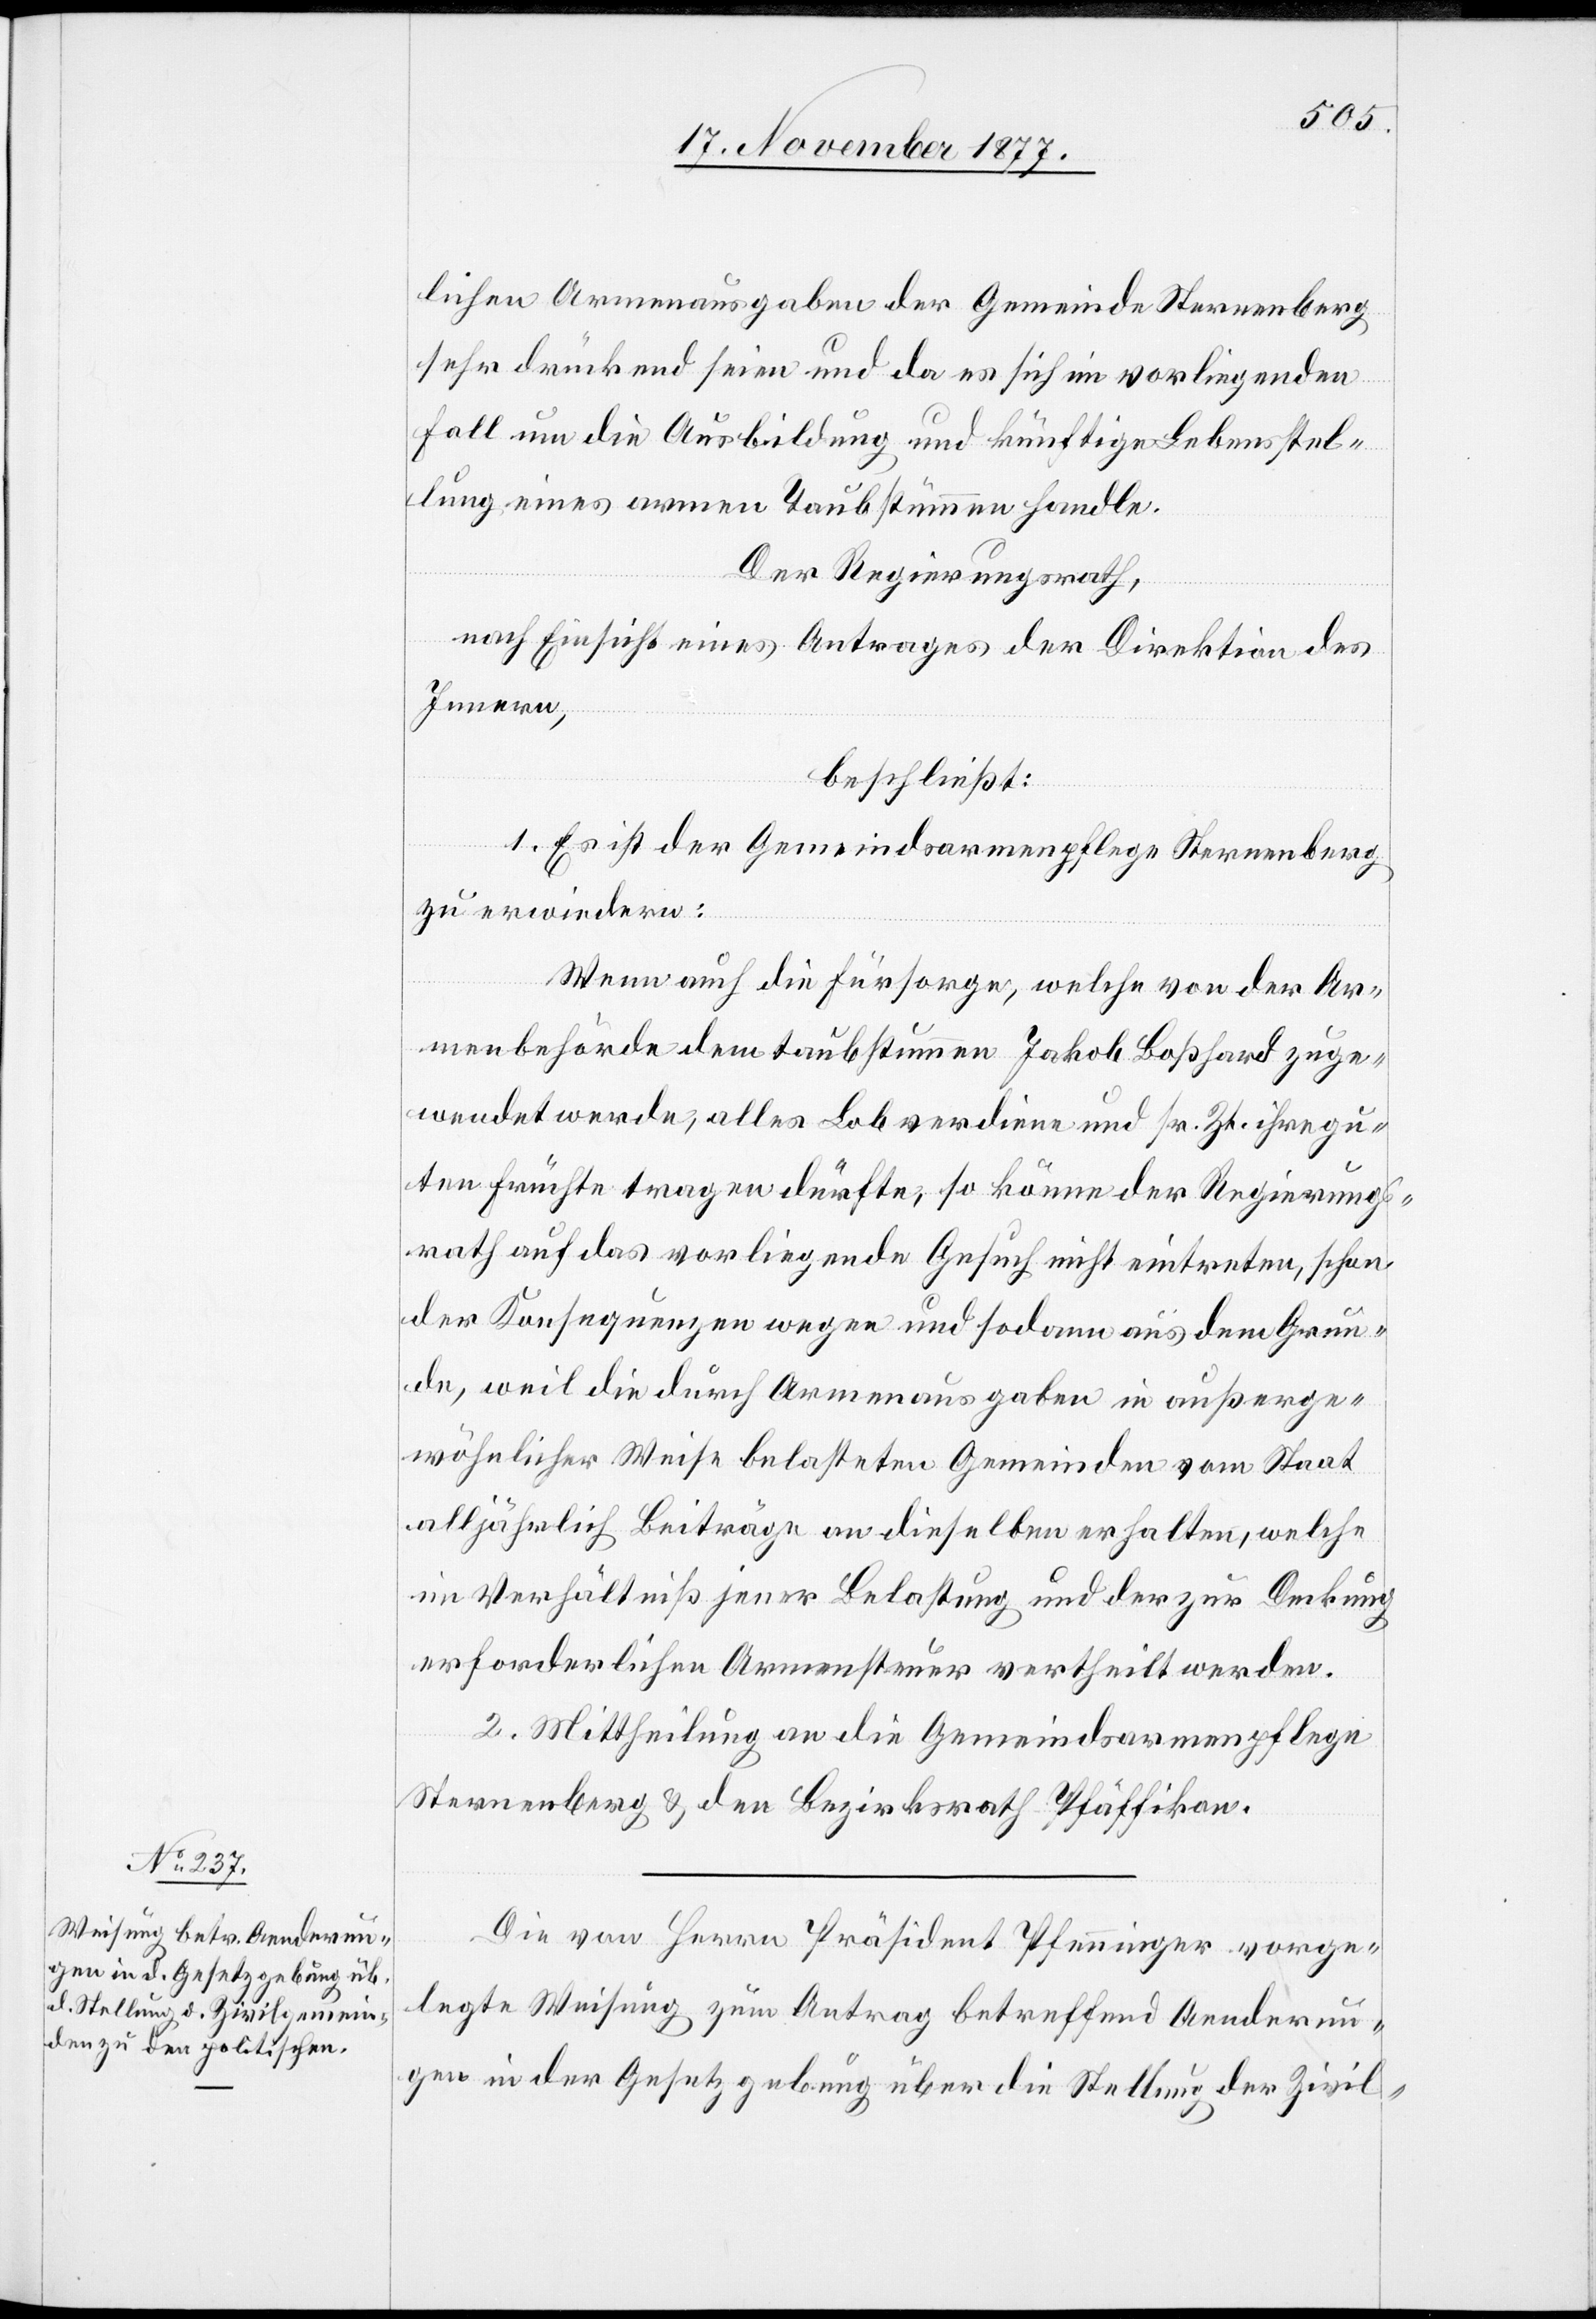
lichen Armenausgaben der Gemeinde Sternenberg
sehr drückend seien und da es sich im vorliegenden
Fall um die Ausbildung und künftige Lebensstel¬
lung eines armen Taubstümmen [si¬
Der Regierungsrath,
nach Einsicht eines Antrages der Direktion des
Innern,
beschließt:
andle.
1. Es ist der Gemeindsarmenpflege Sternenberg
zu erwiedern:
Wenn auch die Fürsorge, welche von der Ar¬
menbehörde dem taubstummen Jakob Boßhard zuge¬
wendet werde, alles Lob verdiene und sr. Zt. ihre gu¬
ten Früchte tragen dürfte, so könne der Regierungs¬
rath auf das vorliegende Gesuch nicht eintreten, schon
der Konsequenzen wegen und sodann aus dem Grun¬
de, weil die durch Armenausgaben in außerge¬
wöhnlicher Weise belasteten Gemeinden vom Staat
alljährlich Beiträge an dieselben erhalten, welche
im Verhältniß jener Belastung und der zur Deckung
erforderlichen Armensteuer vertheilt werden.
2. Mittheilung an die Gemeindsarmenpflege
Sternenberg & den Bezirksrath Pfäffikon.
Die von Herrn Präsident Pfenninger vorge¬
legte Weisung zum Antrag betreffend Aenderun¬
gen in der Gesetzgebung über die Stellung der Zivil-